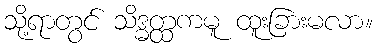
သို့ရာတွင် သိဒ္ဓတ္ထကမူ ထူးခြားမလာ။